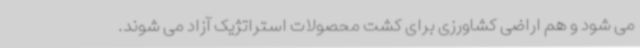
می شود و هم اراضی کشاورزی برای کشت محصولات استراتژیک آزاد می شوند.